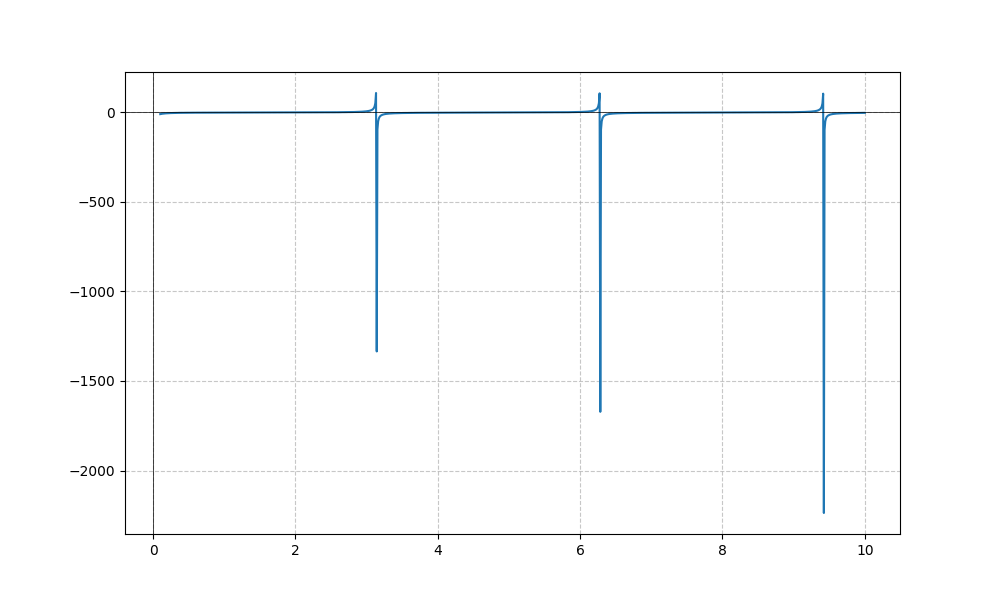
LaTeX formula: - \cot{\left(x \right)} - \operatorname{atan}{\left(x \right)}